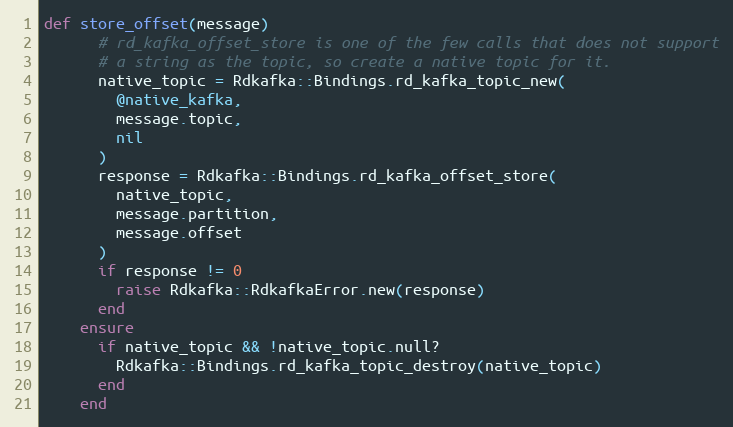
Language: Ruby
def store_offset(message)
      # rd_kafka_offset_store is one of the few calls that does not support
      # a string as the topic, so create a native topic for it.
      native_topic = Rdkafka::Bindings.rd_kafka_topic_new(
        @native_kafka,
        message.topic,
        nil
      )
      response = Rdkafka::Bindings.rd_kafka_offset_store(
        native_topic,
        message.partition,
        message.offset
      )
      if response != 0
        raise Rdkafka::RdkafkaError.new(response)
      end
    ensure
      if native_topic && !native_topic.null?
        Rdkafka::Bindings.rd_kafka_topic_destroy(native_topic)
      end
    end